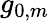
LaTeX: g_{0,m}